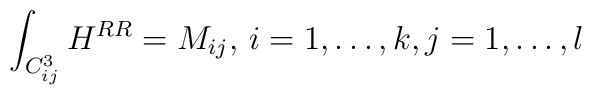
\int_{C^3_{ij}} H^{RR} = M_{ij},\,  i= 1, \ldots, k, j=1, \ldots, l